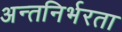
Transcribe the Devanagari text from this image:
अन्तनिर्भरता